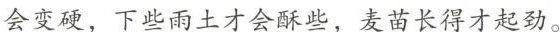
\underline{会变硬，下些雨上才会些，麦苗长得才起动。}